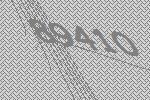
89410